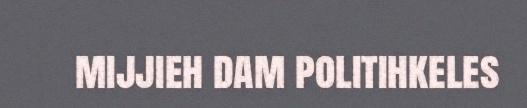
mijjieh dam politihkeles